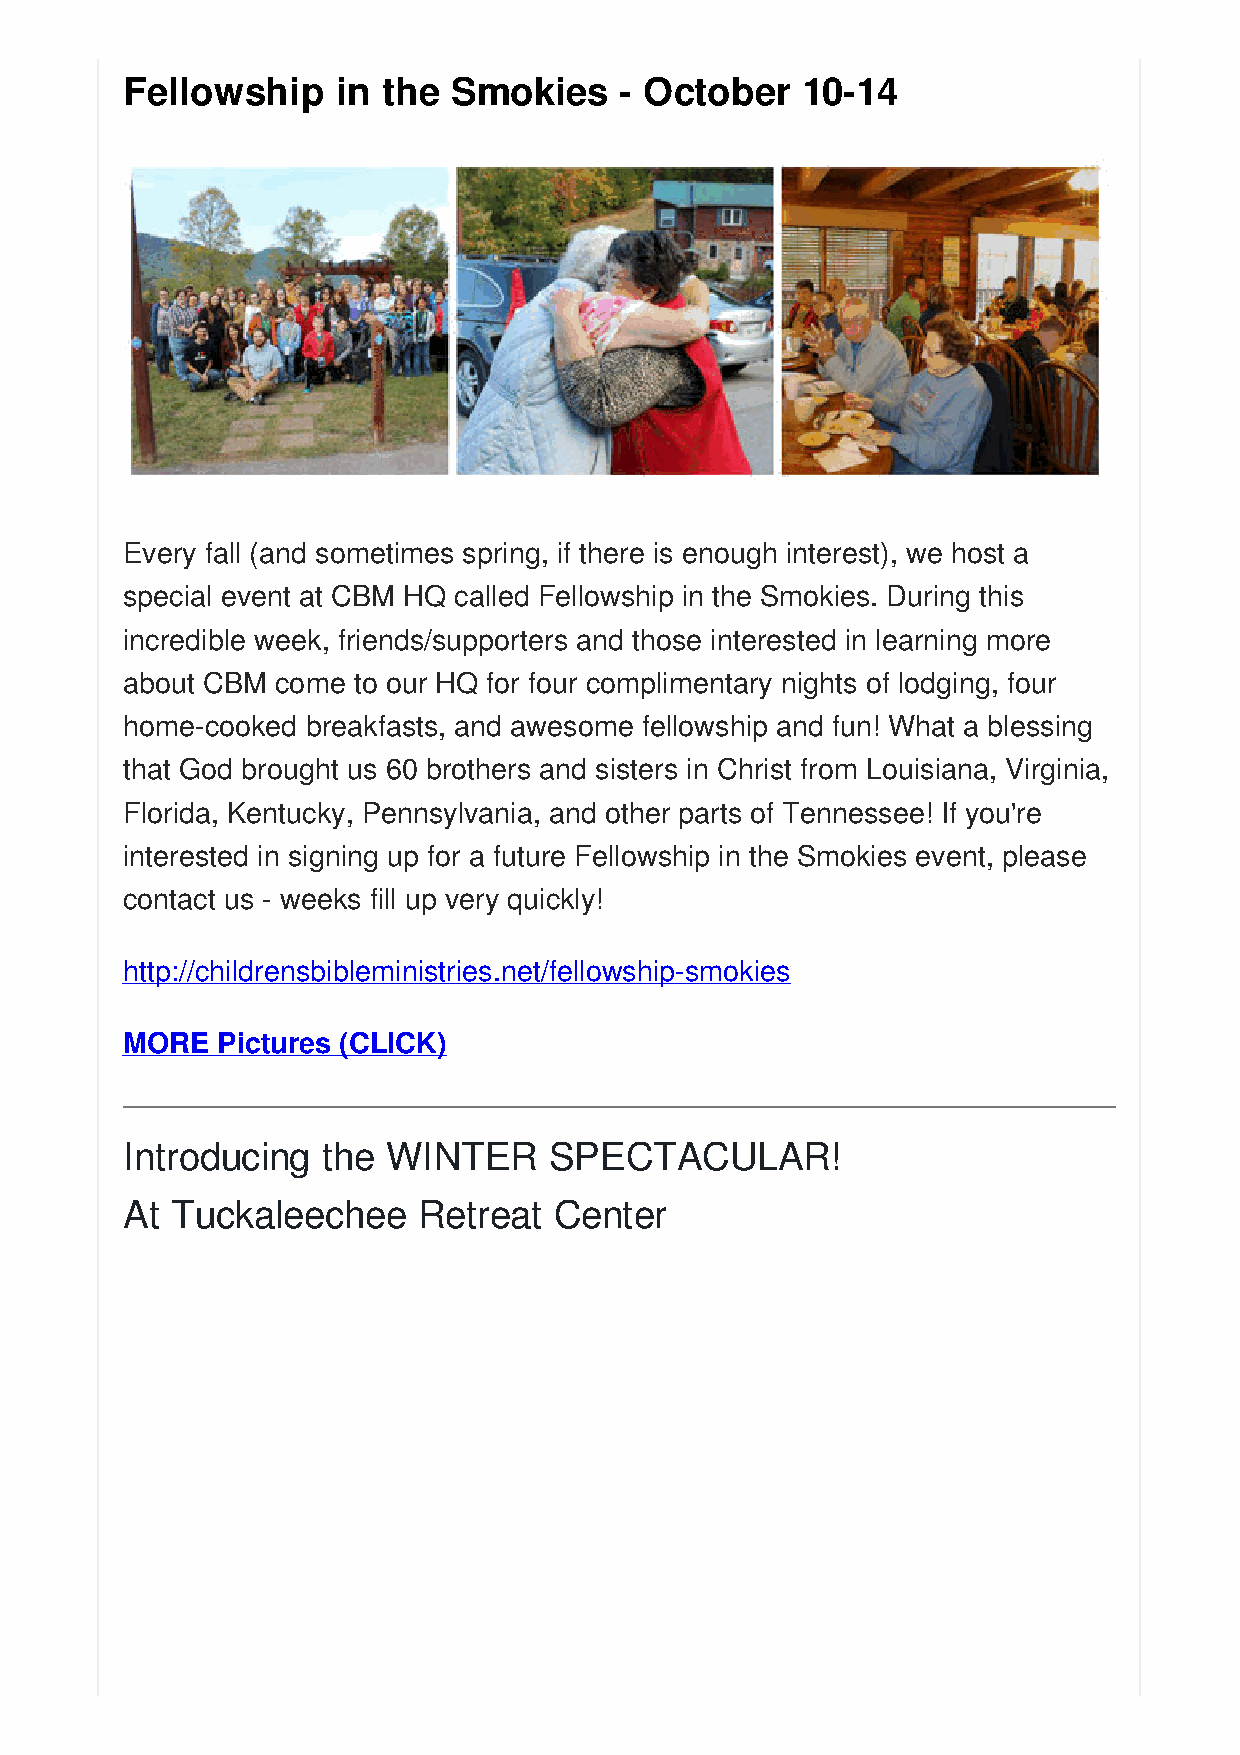
Fellowship    in the  Smokies    - October   10-14
 Every fall (and sometimes spring, if there is enough interest), we host a
 special event at CBM HQ called Fellowship in the Smokies. During this
 incredible week, friends/supporters and those interested in learning more
 about CBM come to our HQ for four complimentary nights of lodging, four
 home-cooked breakfasts, and awesome fellowship and fun! What a blessing
 that God brought us 60 brothers and sisters in Christ from Louisiana, Virginia,
 Florida, Kentucky, Pennsylvania, and other parts of Tennessee! If you're
 interested in signing up for a future Fellowship in the Smokies event, please
 contact us - weeks fill up very quickly!
 http://childrensbibleministries.net/fellowship-smokies
 MORE  Pictures (CLICK)
 Introducing  the  WINTER    SPECTACULAR!
 At Tuckaleechee     Retreat  Center